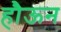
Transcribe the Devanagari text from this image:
हौऊन